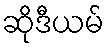
ဆိုဒီယမ်